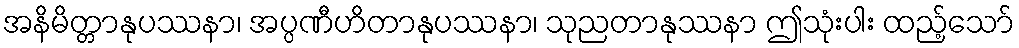
အနိမိတ္တာနုပဿနာ၊ အပ္ပဏီဟိတာနုပဿနာ၊ သုညတာနုဿနာ ဤသုံးပါး ထည့်သော်